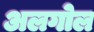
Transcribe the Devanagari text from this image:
अलगोल